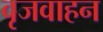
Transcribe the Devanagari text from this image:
वृजवाहन